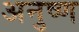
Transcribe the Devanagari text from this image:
अनुष्ण